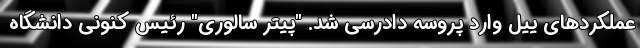
عملکردهای ییل وارد پروسه دادرسی شد. "پیتر سالوری" رئیس کنونی دانشگاه